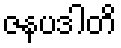
ဇနပဒါတိ